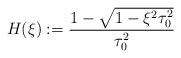
LaTeX: \begin{align*}H(\xi) := \frac{1 - \sqrt{1 - \xi^2\tau_{0}^{2}}}{\tau_{0}^{2}}\end{align*}